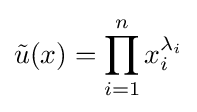
{\tilde {u}}(x)=\prod _{i=1}^{n}x_{i}^{\lambda _{i}}